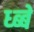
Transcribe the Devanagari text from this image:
ध्ब्बे